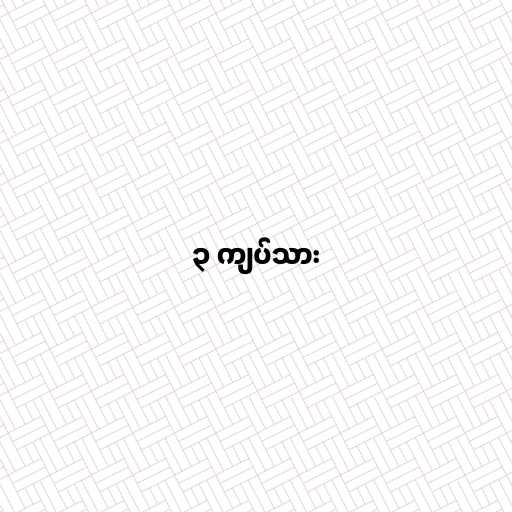
၃ ကျပ်သား